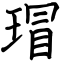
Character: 瑁